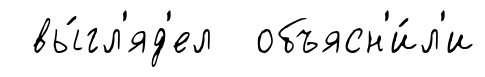
вы́гл'яд'ел объясн'и́л'и